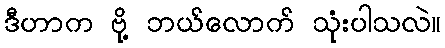
ဒီဟာက ဗို့ ဘယ်လောက် သုံးပါသလဲ။